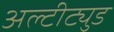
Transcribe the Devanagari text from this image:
अल्टीट्युड